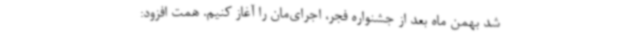
شد بهمن ماه بعد از جشنواره فجر، اجرای‌مان را آغاز کنیم. همت افزود: